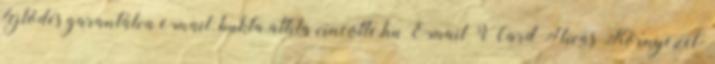
fejlődés garantálva e-mail: bukta.attila vincotte.hu E-mail VCard Hívás Környezet-